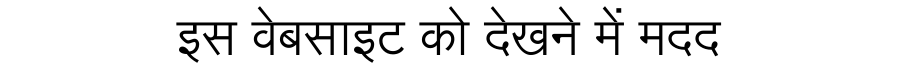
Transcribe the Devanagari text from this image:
इस वेबसाइट को देखने में मदद